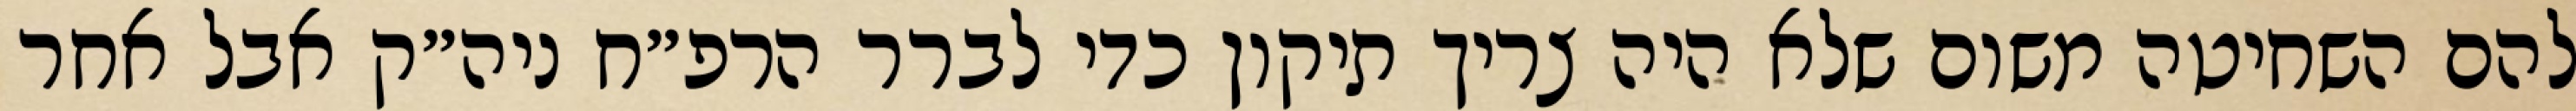
להם השחיטה משום שלא היה צריך תיקון כדי לברר הרפ״ח ניה״ק אבל אחר